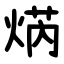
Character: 焫